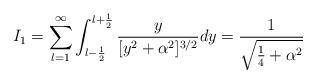
LaTeX: \begin{align*}I_1=\sum_{l=1}^\infty\int_{l-\frac{1}{2}}^{l+\frac{1}{2}} \frac{y}{[y^2+\alpha^2]^{3/2}} dy =\frac{1}{\sqrt{\frac{1}{4}+\alpha^2}}\end{align*}